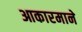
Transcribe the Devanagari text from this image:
आकारमाने